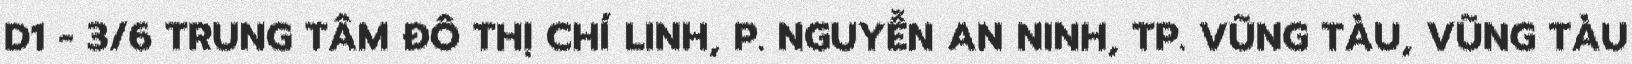
D1 - 3/6 TRUNG TÂM ĐÔ THỊ CHÍ LINH, P. NGUYỄN AN NINH, TP. VŨNG TÀU, VŨNG TÀU